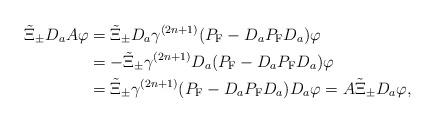
LaTeX: \begin{align*}\tilde{\Xi}_\pm D_aA\varphi&=\tilde{\Xi}_\pm D_a\gamma^{(2n+1)}(P_{\rm F}-D_aP_{\rm F}D_a)\varphi\\&=-\tilde{\Xi}_\pm\gamma^{(2n+1)}D_a(P_{\rm F}-D_aP_{\rm F}D_a)\varphi\\&=\tilde{\Xi}_\pm\gamma^{(2n+1)}(P_{\rm F}-D_aP_{\rm F}D_a)D_a\varphi=A\tilde{\Xi}_\pm D_a\varphi,\end{align*}